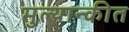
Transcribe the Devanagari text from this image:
मुल्यान्कीत